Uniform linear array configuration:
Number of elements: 8
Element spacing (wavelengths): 0.5
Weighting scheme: kaiser
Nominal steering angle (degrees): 15
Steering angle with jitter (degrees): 15.337
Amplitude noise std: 0.05
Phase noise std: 0.05

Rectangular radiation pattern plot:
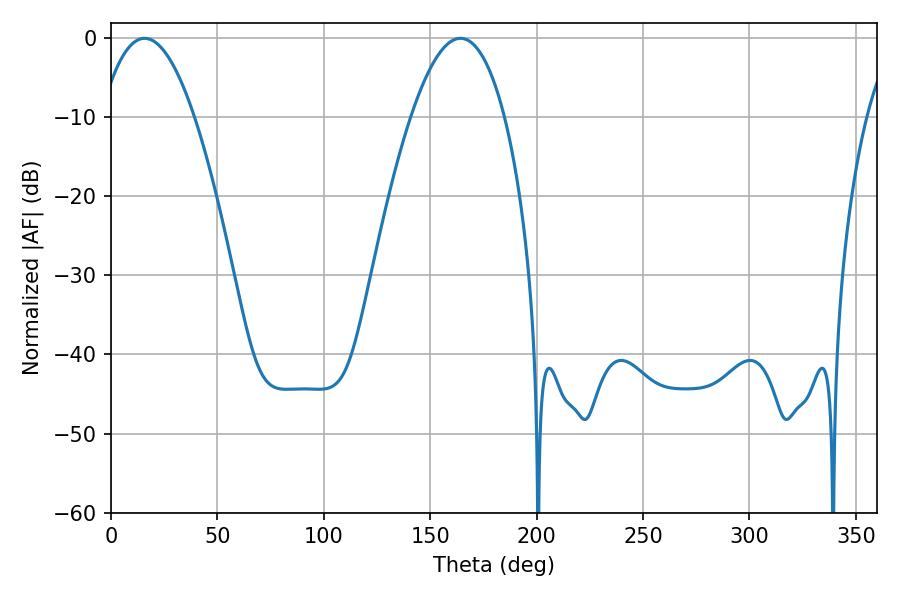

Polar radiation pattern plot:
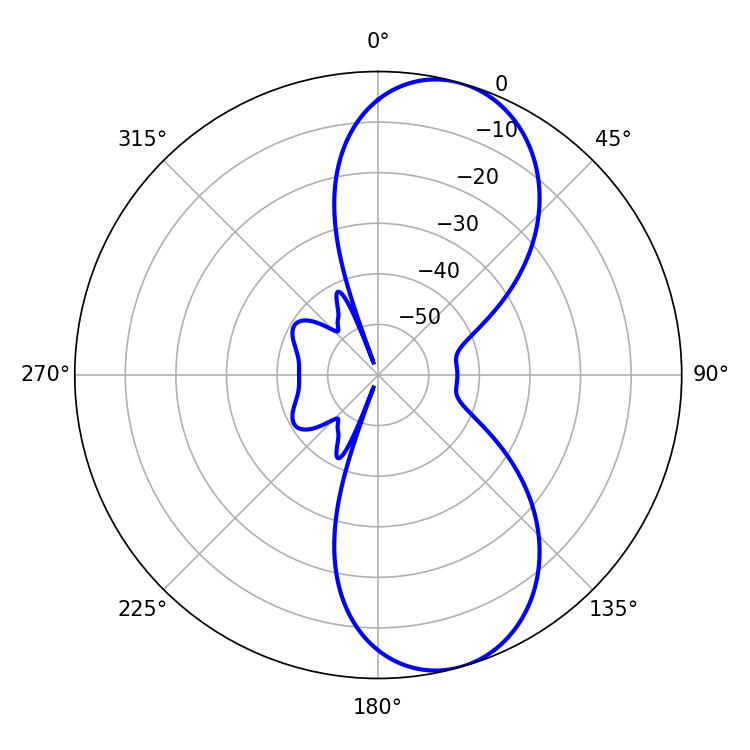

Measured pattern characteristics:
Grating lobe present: FALSE
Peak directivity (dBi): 8.942
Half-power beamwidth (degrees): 24.12
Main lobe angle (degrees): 15.84